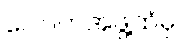
ဂေါပကအဖွဲ့ထံမှ